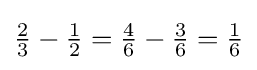
{\tfrac {2}{3}}-{\tfrac {1}{2}}={\tfrac {4}{6}}-{\tfrac {3}{6}}={\tfrac {1}{6}}